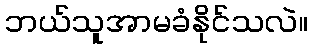
ဘယ်သူအာမခံနိုင်သလဲ။